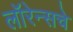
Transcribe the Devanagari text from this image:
लॉरेन्सचे